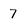
Character: 7